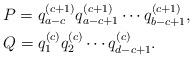
LaTeX: \begin{align*}&P = q_{a-c}^{(c+1)} q_{a-c+1}^{(c+1)} \cdots q_{b-c+1}^{(c+1)},\\&Q = q_{1}^{(c)} q_{2}^{(c)} \cdots q_{d-c+1}^{(c)}. \end{align*}